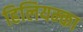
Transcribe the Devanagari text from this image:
हिलियम्का